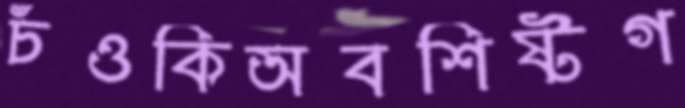
চঁওকিঅবশিষ্টগ